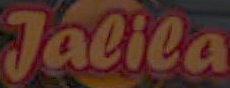
Jalila